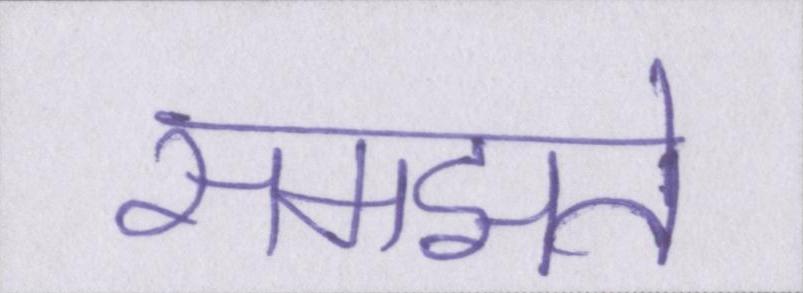
समझते